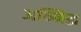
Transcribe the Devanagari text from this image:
अन्निद्ध